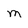
Character: m